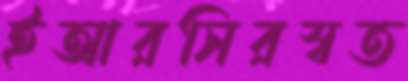
ইআরসিরস্বত